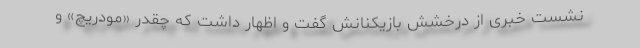
نشست خبری از درخشش بازیکنانش گفت و اظهار داشت که چقدر «مودریچ» و